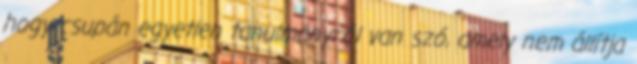
hogy csupán egyetlen tanulmányról van szó, amely nem állítja